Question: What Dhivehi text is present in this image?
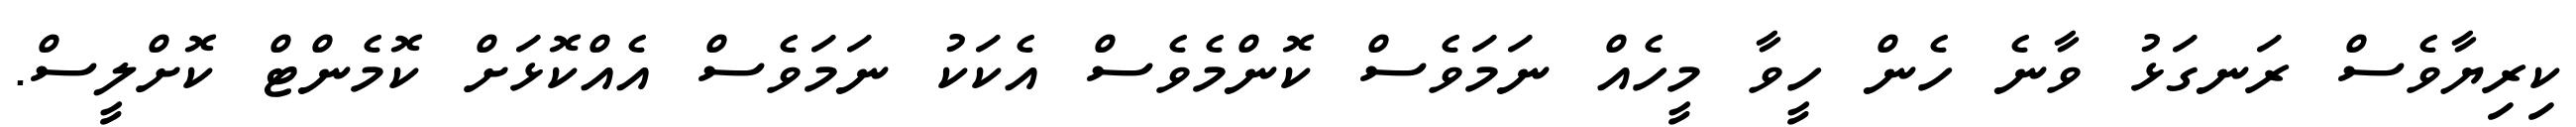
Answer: ކިރިޔާވެސް ރަނގަޅު ވާނެ ހެން ހީވާ މީހެއް ނަމަވެސް ކޮންމެވެސް އެކަކު ނަމަވެސް އެއްކޮޅަށް ކޮމެންޓް ކޮށްލީސް.